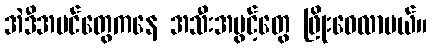
အဲဒီအပင်တွေကနေ အသီးအပွင့်တွေ ဖြိုးဝေလာမယ်။